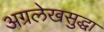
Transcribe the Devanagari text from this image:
अग्रलेखसुद्धा